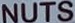
NUTS